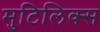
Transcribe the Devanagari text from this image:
मुटिलिक्स